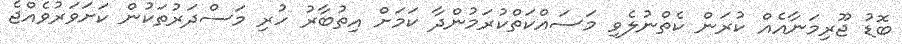
ބޮޑު ޖޫރިމަނާއެއް ކުރަން ކެތްނުލެވި މަސައްކަތްކުރަމުންދާ ކަމަށް އިތުބާރު ހުރި މަސްދަރުތަކުން ކަށަވަރުވެއްޖެ